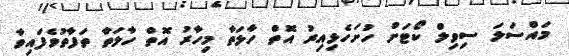
މައްސަލަ ސިވިލް ކޯޓަށް ހުށަހެޅިއިރު އޮތް ހާލަތާ މިހާރު އޮތް ހާލަތާ ތަފާތުވެފައިވާ